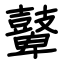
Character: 鼙